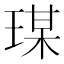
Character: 𤧀